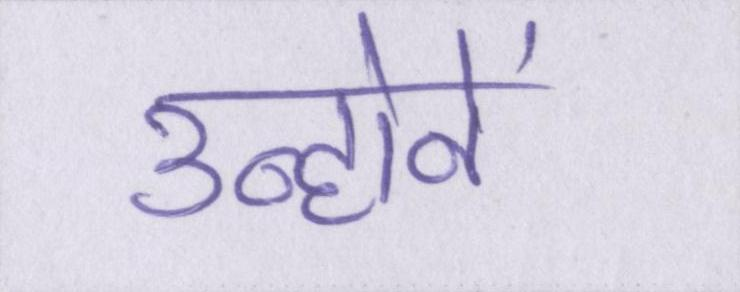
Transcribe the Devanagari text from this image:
उन्होनें